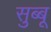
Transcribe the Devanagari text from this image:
सुब्बू